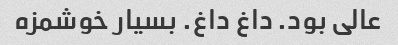
عالی بود. داغ داغ. بسیار خوشمزه